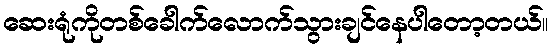
ဆေးရုံကိုတစ်ခေါက်လောက်သွားချင်နေပါတော့တယ်။